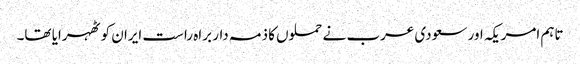
تاہم امریکہ اور سعودی عرب نے حملوں کا ذمہ دار براہ راست ایران کو ٹھہرایا تھا۔